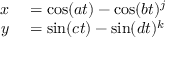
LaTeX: \begin{array} { r l } { x } & { { } = \cos ( a t ) - \cos ( b t ) ^ { j } } \\ { y } & { { } = \sin ( c t ) - \sin ( d t ) ^ { k } } \end{array}